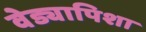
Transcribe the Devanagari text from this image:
वेड्यापिशा